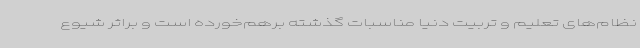
نظام‌های تعلیم و تربیت دنیا مناسبات گذشته برهم‌خورده است و براثر شیوع